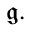
{ \mathfrak { g } } .